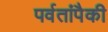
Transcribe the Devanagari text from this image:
पर्वतांपैकी